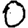
Digit: 0